Scottish Leaving Certificate Examination, 1958
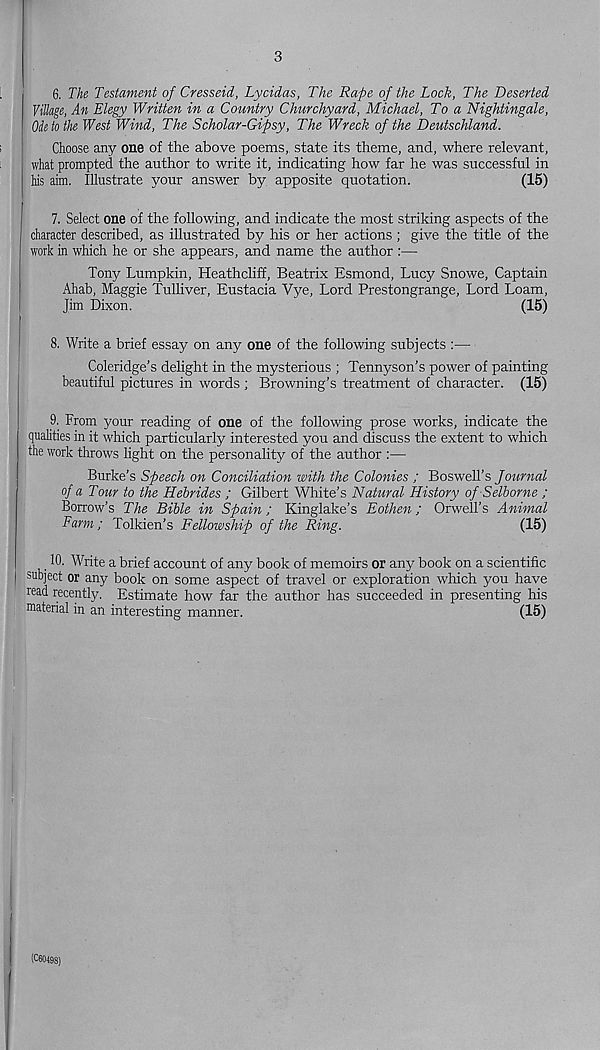
3
6. The Testament of Cresseid, Lycidas, The Rape of the Lock, The Deserted
Village, An Elegy Written in a Country Churchyard, Michael, To a Nightingale,
Ode to the West Wind, The Scholar-Gipsy, The Wreck of the Deutschland.
Choose any one of the above poems, state its theme, and, where relevant,
what prompted the author to write it, indicating how far he was successful in
his aim. Illustrate your answer by apposite quotation.
(15)
7. Select one of the following, and indicate the most striking aspects of the
character described, as illustrated by his or her actions; give the title of the
work in which he or she appears, and name the author :—
Tony Lumpkin, Heathcliff, Beatrix Esmond, Lucy Snowe, Captain
Ahab, Maggie Tulliver, Eustacia Vye, Lord Prestongrange, Lord Loam,
Jim Dixon.
(15)
8. Write a brief essay on any one of the following subjects :—
Coleridge’s delight in the mysterious ; Tennyson’s power of painting
beautiful pictures in words ; Browning’s treatment of character. (15)
9. From your reading of one of the following prose works, indicate the
qualities in it which particularly interested you and discuss the extent to which
the work throws light on the personality of the author :—
Burke’s Speech on Conciliation with the Colonies ; Boswell’s Journal
of a Tour to the Hebrides ; Gilbert White’s Natural History of Selborne ;
Borrow’s The Bible in Spain; Kinglake’s Eothen; Orwell’s Animal
Farm; Tolkien’s Fellowship of the Ring.
(15)
^ 10. Write a brief account of any book of memoirs or any book on a scientific
subject or any book on some aspect of travel or exploration which you have
read recently. Estimate how far the author has succeeded in presenting his
material in an interesting manner.
(15)
(C60498)